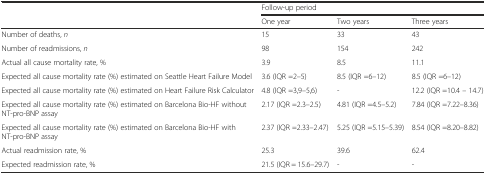
<table><thead><tr><td rowspan="2"></td><td colspan="3"><b>Follow-up period</b></td></tr><tr><td><b>One year</b></td><td><b>Two years</b></td><td><b>Three years</b></td></tr></thead><tbody><tr><td>Number of deaths, <i>n</i></td><td>15</td><td>33</td><td>43</td></tr><tr><td>Number of readmissions, <i>n</i></td><td>98</td><td>154</td><td>242</td></tr><tr><td>Actual all cause mortality rate, %</td><td>3.9</td><td>8.5</td><td>11.1</td></tr><tr><td>Expected all cause mortality rate (%) estimated on Seattle Heart Failure Model</td><td>3.6 (IQR =2–5)</td><td>8.5 (IQR =6–12)</td><td>8.5 (IQR =6–12)</td></tr><tr><td>Expected all cause mortality rate (%) estimated on Heart Failure Risk Calculator</td><td>4.8 (IQR =3,9–5,6)</td><td>-</td><td>12.2 (IQR =10.4 – 14.7)</td></tr><tr><td>Expected all cause mortality rate (%) estimated on Barcelona Bio-HF without NT-pro-BNP assay</td><td>2.17 (IQR =2.3–2.5)</td><td>4.81 (IQR =4.5–5.2)</td><td>7.84 (IQR =7.22–8.36)</td></tr><tr><td>Expected all cause mortality rate (%) estimated on Barcelona Bio-HF with NT-pro-BNP assay</td><td>2.37 (IQR =2.33–2.47)</td><td>5.25 (IQR =5.15–5.39)</td><td>8.54 (IQR =8.20–8.82)</td></tr><tr><td>Actual readmission rate, %</td><td>25.3</td><td>39.6</td><td>62.4</td></tr><tr><td>Expected readmission rate, %</td><td>21.5 (IQR = 15.6–29.7)</td><td>-</td><td>-</td></tr></tbody></table>